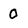
Character: 0